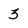
Character: 3